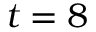
t = 8